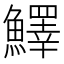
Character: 𩼓